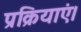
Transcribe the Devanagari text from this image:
प्रक्रियाएं।